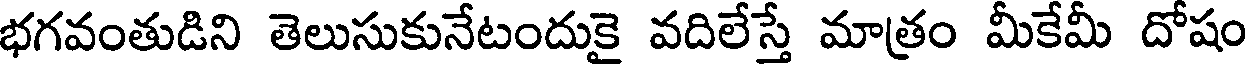
భగవంతుడిని తెలుసుకునేటందుకై వదిలేస్తే మాత్రం మీకేమీ దోషం